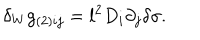
\delta _ { W } g _ { ( 2 ) i j } = l ^ { 2 } D _ { i } \partial _ { j } \delta \sigma .